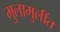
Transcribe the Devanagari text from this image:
मुलामुलींत